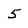
Character: 5